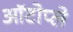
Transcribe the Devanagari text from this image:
ऑटोप्ले